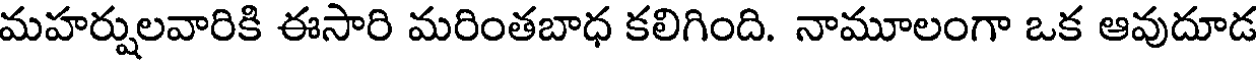
మహర్షులవారికి ఈసారి మరింతబాధ కలిగింది. నామూలంగా ఒక ఆవుదూడ